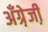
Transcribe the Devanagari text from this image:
अँग्रे़जी़